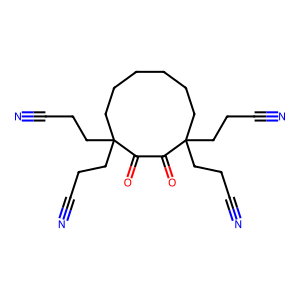
SMILES: N#CCCC1(CCC#N)CCCCCCC(CCC#N)(CCC#N)C(=O)C1=O
Inhibits HIV replication: No